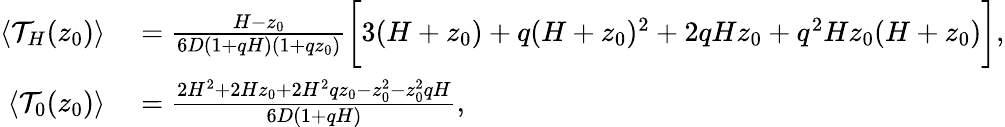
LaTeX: \begin{array}{rl}{\langle\mathcal{T}_{H}(z_{0})\rangle}&{{}=\frac{H-z_{0}}{6D(1+qH)(1+qz_{0})}\biggl[3(H+z_{0})+q(H+z_{0})^{2}+2qHz_{0}+q^{2}Hz_{0}(H+z_{0})\biggr],}\\ {\langle\mathcal{T}_{0}(z_{0})\rangle}&{{}=\frac{2H^{2}+2Hz_{0}+2H^{2}qz_{0}-z_{0}^{2}-z_{0}^{2}qH}{6D(1+qH)},}\end{array}